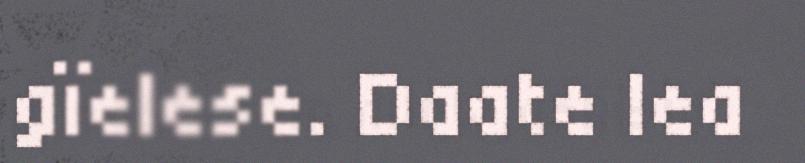
gïelese. Daate lea